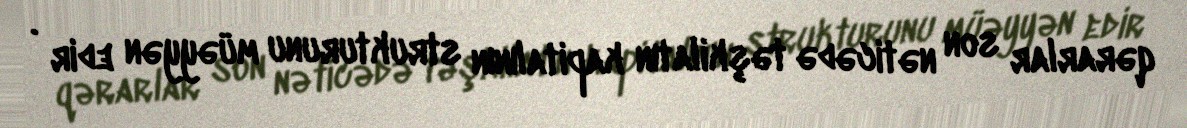
qərarlar son nəticədə təşkilatın kapitalının strukturunu müəyyən edir .